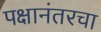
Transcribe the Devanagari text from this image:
पक्षानंतरचा